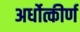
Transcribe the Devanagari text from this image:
अर्धोत्कीर्ण